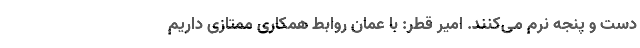
دست و پنجه نرم می‌کنند. امیر قطر: با عمان روابط همکاری ممتازی داریم